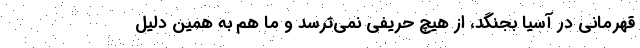
قهرمانی در آسیا بجنگد، از هیچ حریفی نمی‌ترسد و ما هم به همین دلیل